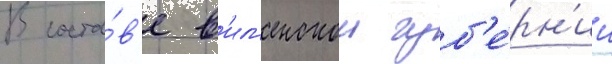
В соста́в'е в'ил'енскои губ'е́рн'ии